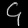
Digit: ၄